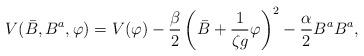
LaTeX: \begin{align*}V(\bar{B}, B^a, \varphi) = V(\varphi) - \frac{\beta}{2}\left( \bar{B} + {1 \over \zeta g} \varphi \right)^2 - \frac{\alpha}{2} B^a B^a ,\end{align*}